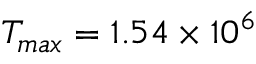
T _ { m a x } = 1 . 5 4 \times 1 0 ^ { 6 }